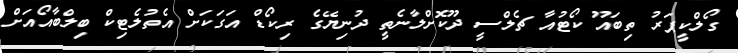
ގޯލްކީޕަރު ތިބައޫ ކޯޓުއާ ޗެލްސީ ދޫކޮށްލާނެތީ ދުނިޔޭގެ ރިކޯޑް އަގަކަށް އެތުލެޓިކް ބިލްބާއޯއަށް